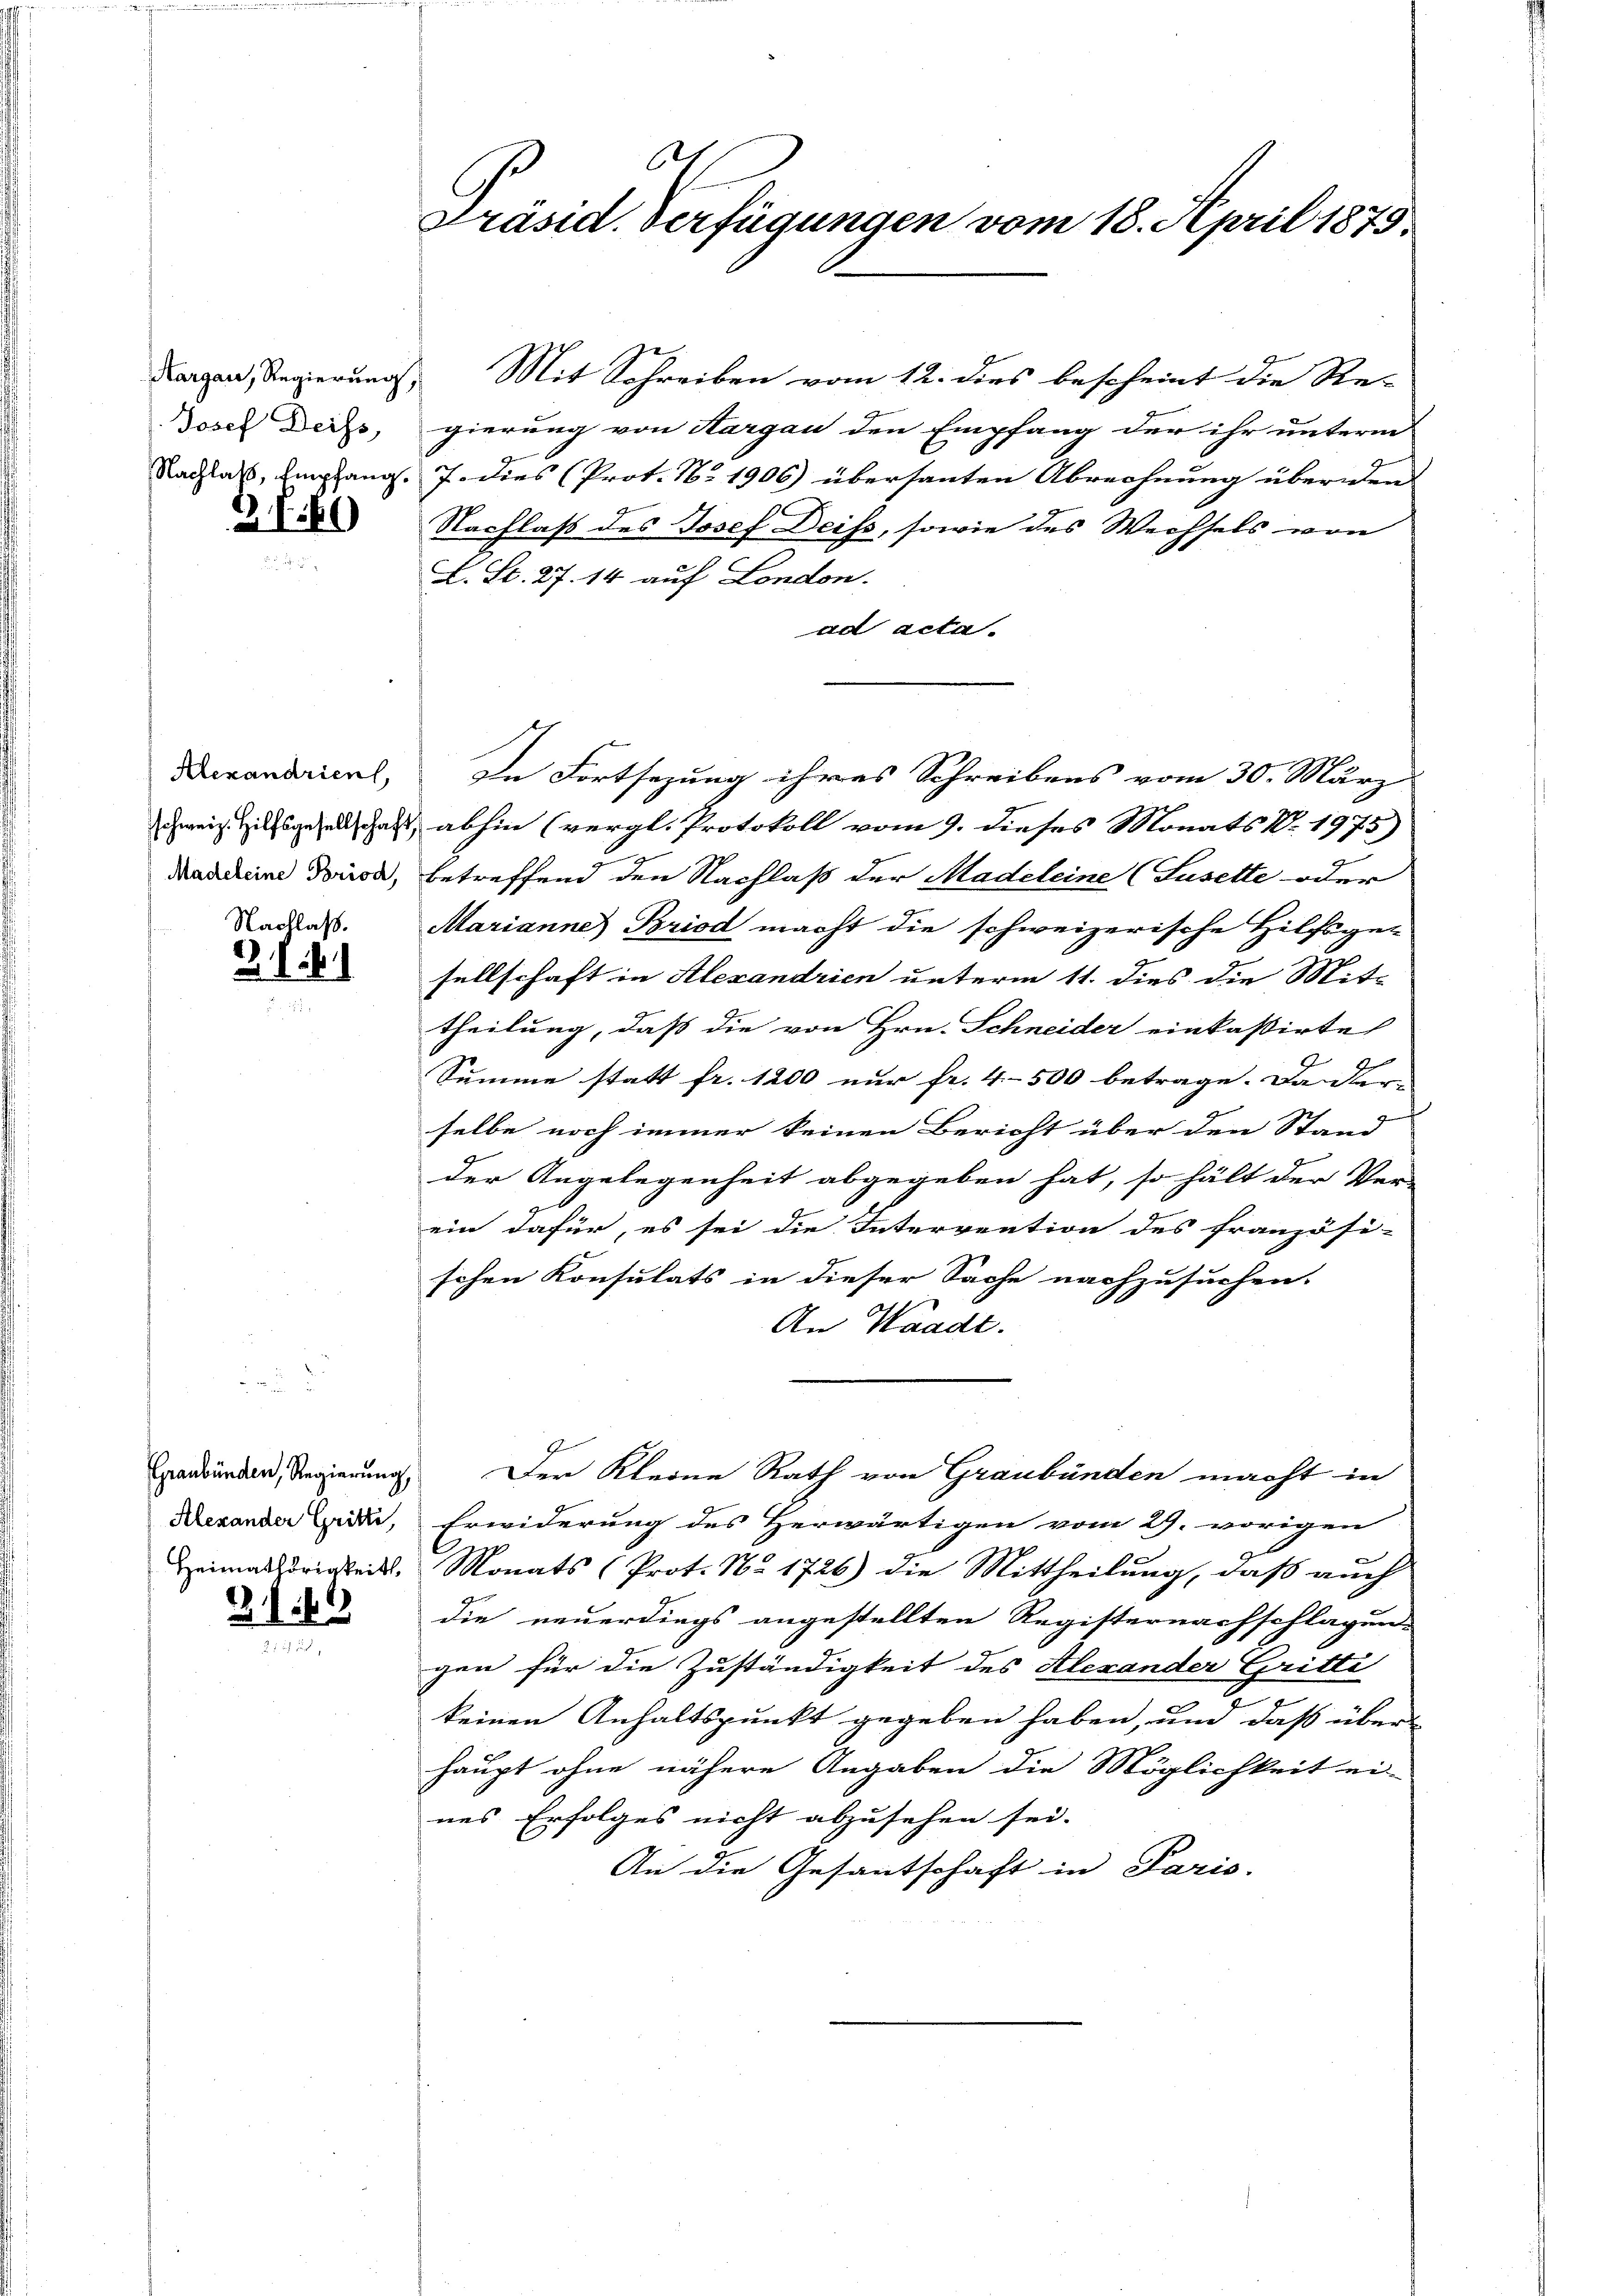
Josef Deiss,

2 f. 60

Nachlaß.
2.

21.11

Dargen, Regierung. Mit Schreiben vom 12. dies bescheint die Re-
gierung von Aargau den Empfang der ihr unterm
Nachlas, empfang. 7. dies (Prot. No 1906) übersanten Abrechnung überden
Nachlass des Josef Deiss, sowie des Wechsels von
L. S. 27. 14 auf London.
ad acta.
weiz Zilligen das abhin (vergl. Protokoll vom 9. dieses Monats Nr. 1975)
Maddreine dorion, betreffend den Nachlaß der Madeleine (Susette oder
Marianne) Briod macht die schweizerische Hilfsgesellschaft in Alexandrien unterm 11. dies die Mit-
theilung, daß die von Hrn. Schneider einkassirte
Summe statt fr. 1200 nur fr. 4500 betrage. Da dar- |
selbe noch immer keinen Bericht über den Stand
der Angelegenheit abgegeben hat, so hält der Ver-
ein dafür, es sei die Intervention des französi-
schen Konsulats in dieser Sache nachzusuchen.
An Waadt.
Graubünden, Regierung. Der Kleine Rath von Graubünden macht in
Dexander Zeit, Erwiderung des Herwärtigen vom 29. vorigen
Heimathörigkeit, Monats (Prot. No. 1726) die Mittheilung, daß auch
die neuerdings angestellten Registernachschlagen
gen für die Zuständigkeit des Alexander Gritti
keinen Anhaltspunkt gegeben haben, und daß über-
haupt ohne nähere Angaben die Möglichkeit ei-
nes Erfolges nicht abzusehen sei.
An die Gesantschaft in Paris.

.
Präsid. Verfügungen vom 18. April 1879.

erandarmel, In Fortsezung ihres Schreibens vom 30. März